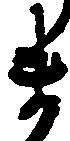
ま